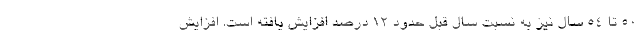
۵۰ تا ۵۴ سال نیز به نسبت سال قبل حدود ۱۲ درصد افزایش یافته است. افزایش